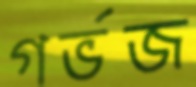
গর্ভজ